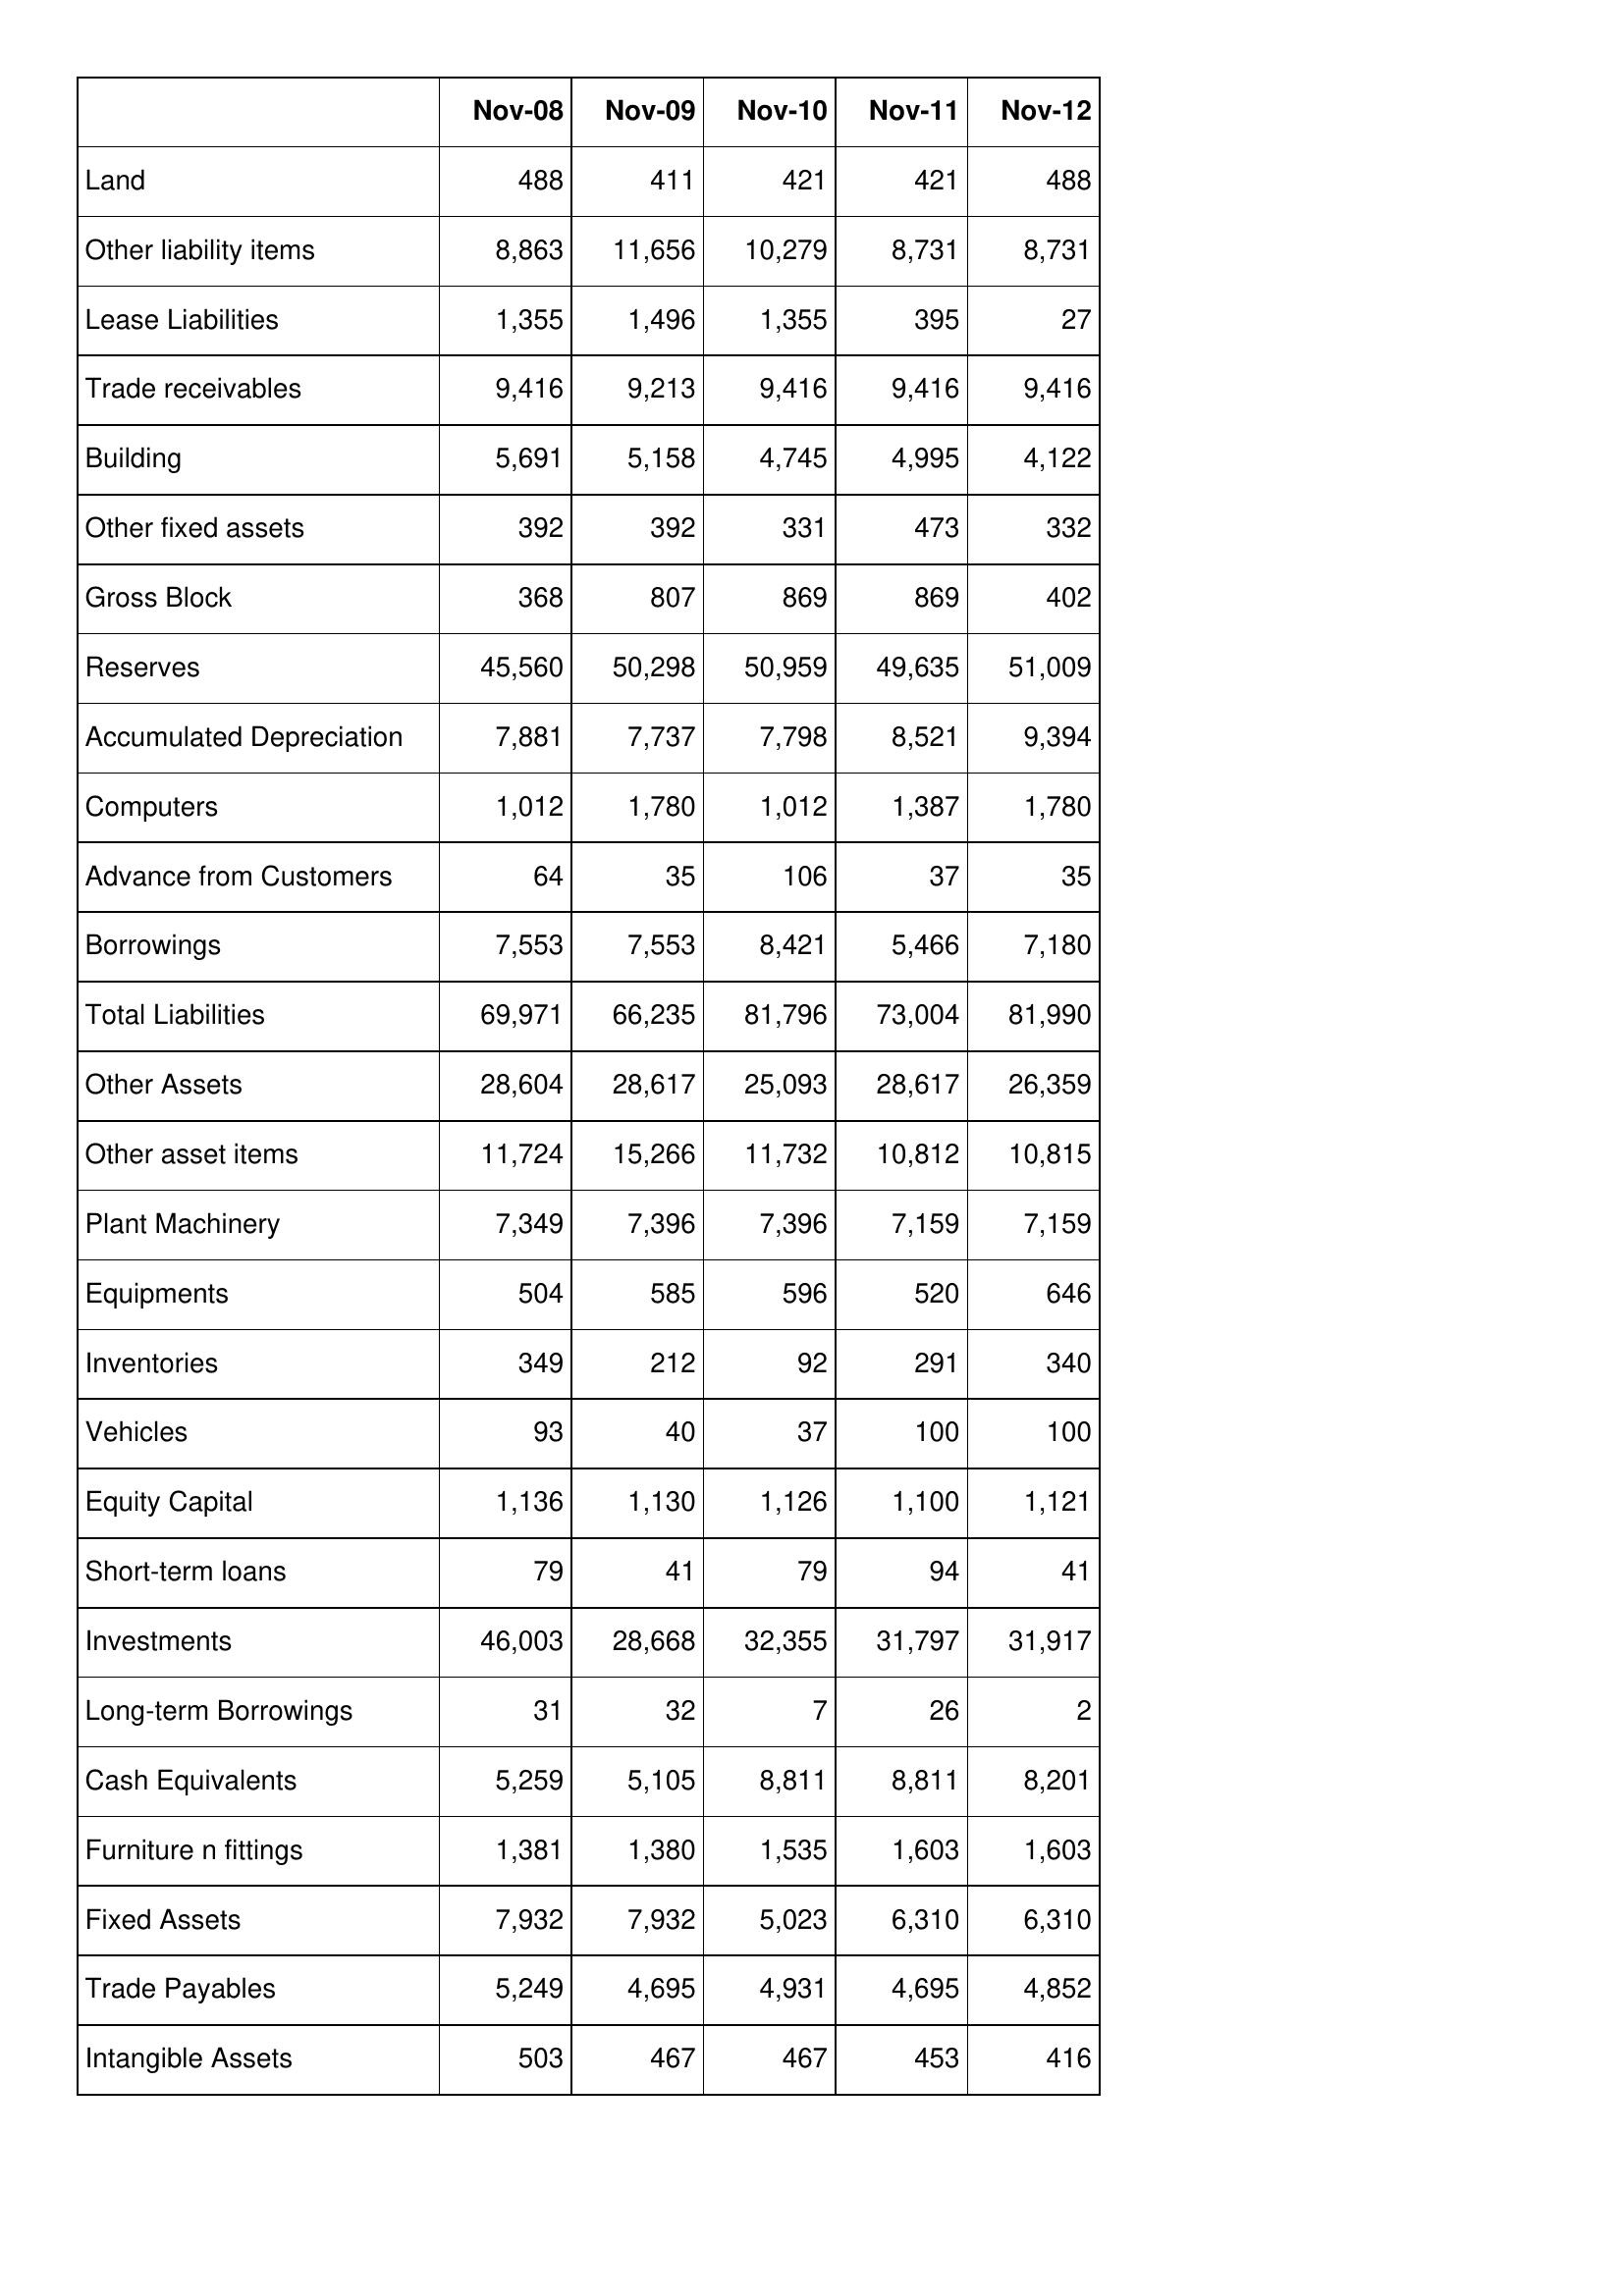
Nov-08: Balance Sheet: Land: 488
Other liability items: 8,863
Lease Liabilities: 1,355
Trade receivables: 9,416
Building: 5,691
Other fixed assets: 392
Gross Block: 368
Reserves: 45,560
Accumulated Depreciation: 7,881
Computers: 1,012
Advance from Customers: 64
Borrowings: 7,553
Total Liabilities: 69,971
Other Assets: 28,604
Other asset items: 11,724
Plant Machinery: 7,349
Equipments: 504
Inventories: 349
Vehicles: 93
Equity Capital: 1,136
Short-term loans: 79
Investments: 46,003
Long-term Borrowings: 31
Cash Equivalents: 5,259
Furniture n fittings: 1,381
Fixed Assets: 7,932
Trade Payables: 5,249
Intangible Assets: 503
Nov-09: Balance Sheet: Land: 411
Other liability items: 11,656
Lease Liabilities: 1,496
Trade receivables: 9,213
Building: 5,158
Other fixed assets: 392
Gross Block: 807
Reserves: 50,298
Accumulated Depreciation: 7,737
Computers: 1,780
Advance from Customers: 35
Borrowings: 7,553
Total Liabilities: 66,235
Other Assets: 28,617
Other asset items: 15,266
Plant Machinery: 7,396
Equipments: 585
Inventories: 212
Vehicles: 40
Equity Capital: 1,130
Short-term loans: 41
Investments: 28,668
Long-term Borrowings: 32
Cash Equivalents: 5,105
Furniture n fittings: 1,380
Fixed Assets: 7,932
Trade Payables: 4,695
Intangible Assets: 467
Nov-10: Balance Sheet: Land: 421
Other liability items: 10,279
Lease Liabilities: 1,355
Trade receivables: 9,416
Building: 4,745
Other fixed assets: 331
Gross Block: 869
Reserves: 50,959
Accumulated Depreciation: 7,798
Computers: 1,012
Advance from Customers: 106
Borrowings: 8,421
Total Liabilities: 81,796
Other Assets: 25,093
Other asset items: 11,732
Plant Machinery: 7,396
Equipments: 596
Inventories: 92
Vehicles: 37
Equity Capital: 1,126
Short-term loans: 79
Investments: 32,355
Long-term Borrowings: 7
Cash Equivalents: 8,811
Furniture n fittings: 1,535
Fixed Assets: 5,023
Trade Payables: 4,931
Intangible Assets: 467
Nov-11: Balance Sheet: Land: 421
Other liability items: 8,731
Lease Liabilities: 395
Trade receivables: 9,416
Building: 4,995
Other fixed assets: 473
Gross Block: 869
Reserves: 49,635
Accumulated Depreciation: 8,521
Computers: 1,387
Advance from Customers: 37
Borrowings: 5,466
Total Liabilities: 73,004
Other Assets: 28,617
Other asset items: 10,812
Plant Machinery: 7,159
Equipments: 520
Inventories: 291
Vehicles: 100
Equity Capital: 1,100
Short-term loans: 94
Investments: 31,797
Long-term Borrowings: 26
Cash Equivalents: 8,811
Furniture n fittings: 1,603
Fixed Assets: 6,310
Trade Payables: 4,695
Intangible Assets: 453
Nov-12: Balance Sheet: Land: 488
Other liability items: 8,731
Lease Liabilities: 27
Trade receivables: 9,416
Building: 4,122
Other fixed assets: 332
Gross Block: 402
Reserves: 51,009
Accumulated Depreciation: 9,394
Computers: 1,780
Advance from Customers: 35
Borrowings: 7,180
Total Liabilities: 81,990
Other Assets: 26,359
Other asset items: 10,815
Plant Machinery: 7,159
Equipments: 646
Inventories: 340
Vehicles: 100
Equity Capital: 1,121
Short-term loans: 41
Investments: 31,917
Long-term Borrowings: 2
Cash Equivalents: 8,201
Furniture n fittings: 1,603
Fixed Assets: 6,310
Trade Payables: 4,852
Intangible Assets: 416